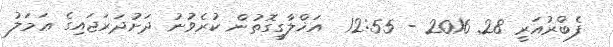
ފެބްރުއަރީ 28